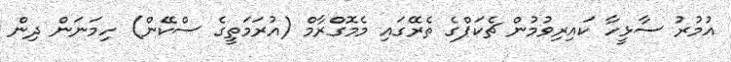
އުމުރު ސާޅީހާ ކައިރިވުމުން ޗެކަޕްގެ ތެރޭގައި މެމޮގްރާމް (އުރަމަތީގެ ސްކޭން) ހިމަނަން ދިން